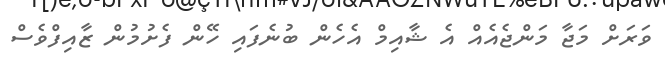
ވަރަށް މަޖާ މަންޖެއެއް އެ ޝާއިމް އެހެން ބުނެފައި ހޭން ފެށުމުން ޒާއިފްވެސް